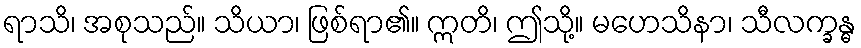
ရာသိ၊ အစုသည်။ သိယာ၊ ဖြစ်ရာ၏။ ဣတိ၊ ဤသို့။ မဟေသိနာ၊ သီလက္ခန္ဓ